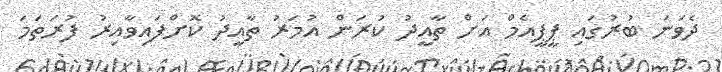
ދެވަނަ ބުރުގައި ޕީޕީއެމް އަށް ތާއީދު ކުރަން އުމަރު ތާއީދު ކޮށްފައިވާއިރު ފުރަތަމަ